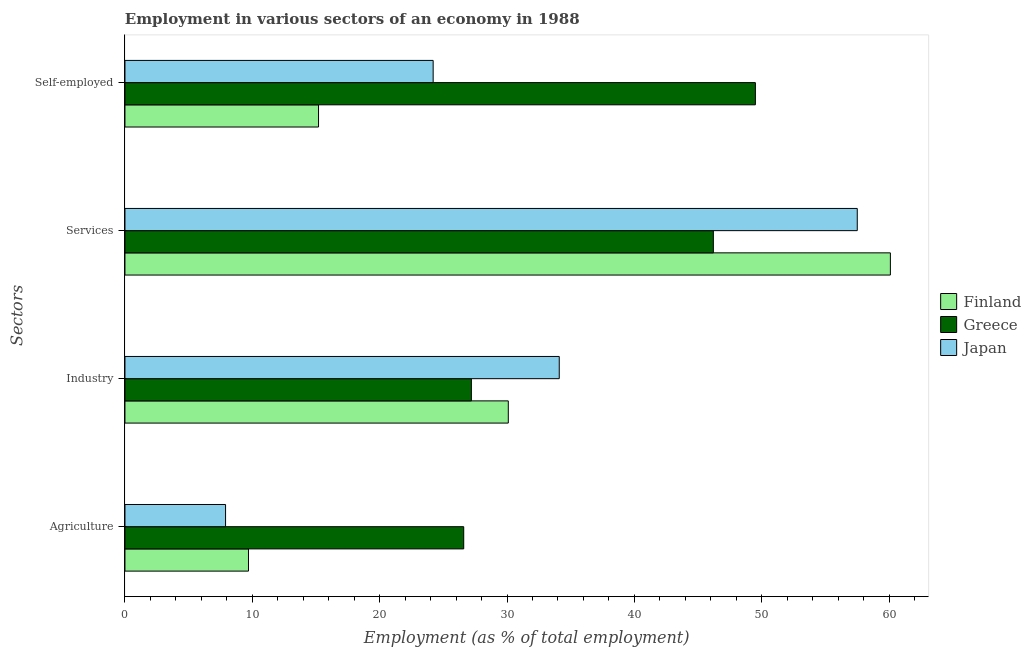
| Sectors | Finland | Greece | Japan |
 | --- | --- | --- | --- |
 | Agriculture | 9.7 | 26.6 | 7.9 |
 | Industry | 30.1 | 27.2 | 34.1 |
 | Services | 60.1 | 46.2 | 57.5 |
 | Self-employed | 15.2 | 49.5 | 24.2 |